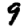
Digit: 9